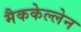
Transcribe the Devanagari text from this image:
मैककेल्लेन